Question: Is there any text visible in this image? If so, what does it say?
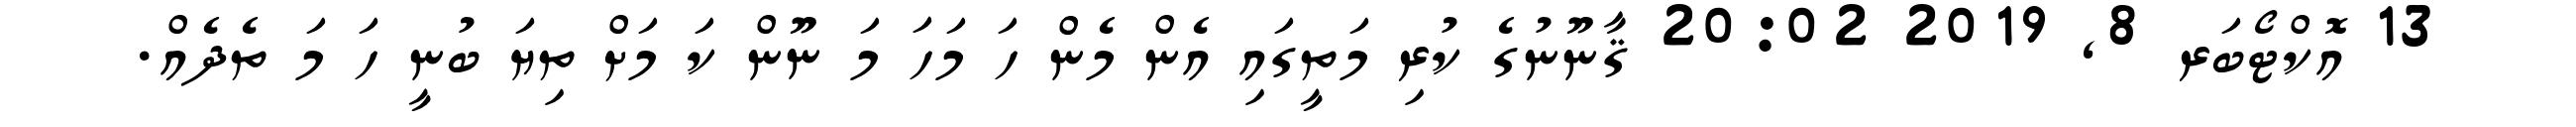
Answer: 13 އޮކްޓޯބަރ 8, 2019 20:02 ޤާނޫނުގެ ކުރި މަތީގައި އެން މެން ހަ މަހަ މަ ނޫން ކަ މަށް ތިޔަ ބުނީ ހަ މަ ތެދެއް.